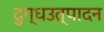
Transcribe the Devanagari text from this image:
दुग्धउत्पादन